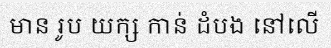
មាន រូប យក្ស កាន់ ដំបង នៅលើ